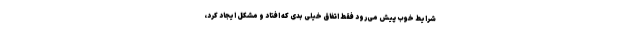
شرایط خوب پیش می‌رود فقط اتفاق خیلی بدی که افتاد و مشکل ایجاد کرد،